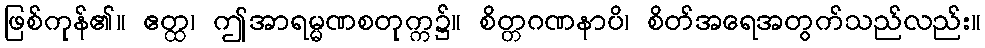
ဖြစ်ကုန်၏။ ဧတ္ထ၊ ဤအာရမ္မဏစတုက္က၌။ စိတ္တဂဏနာပိ၊ စိတ်အရေအတွက်သည်လည်း။